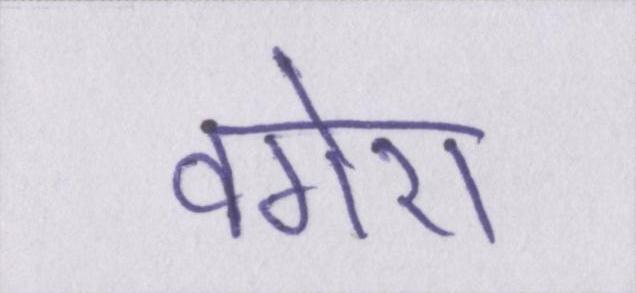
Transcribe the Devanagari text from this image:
वगेरा